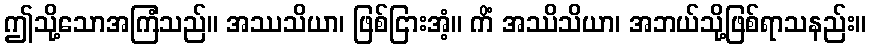
ဤသို့သောအကြံသည်။ အဿသိယာ၊ ဖြစ်ငြားအံ့။ ကိံ အဿိသိယာ၊ အဘယ်သို့ဖြစ်ရာသနည်း။